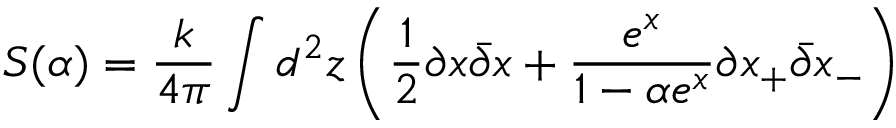
S ( \alpha ) = \frac { k } { 4 \pi } \int d ^ { 2 } z \left( \frac { 1 } { 2 } \partial x \bar { \partial } x + \frac { e ^ { x } } { 1 - \alpha e ^ { x } } \partial x _ { + } \bar { \partial } x _ { - } \right)